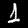
Digit: 1